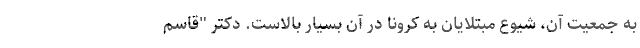
به جمعیت آن، شیوع مبتلایان به کرونا در آن بسیار بالاست. دکتر "قاسم